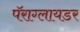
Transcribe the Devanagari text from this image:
पॅराग्लायडर